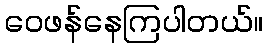
ဝေဖန်နေကြပါတယ်။